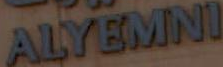
ALYEMNI